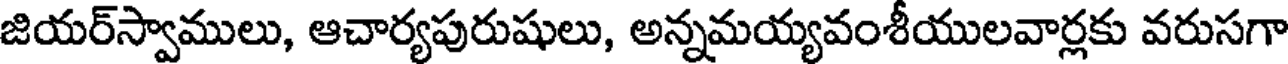
జియర్స్వాములు, ఆచార్యపురుషులు, అన్నమయ్యవంశీయులవార్లకు వరుసగా